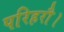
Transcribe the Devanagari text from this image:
परिहरौ।